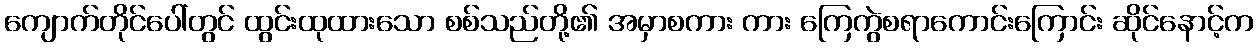
ကျောက်တိုင်ပေါ်တွင် ထွင်းထုထားသော စစ်သည်တို့၏ အမှာစကား ကား ကြေကွဲစရာကောင်းကြောင်း ဆိုင်နောင့်က